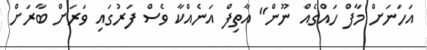
އަހަނަށް މާފް ހައްގެއް ނޫން" އާތިފް އަނެއްކާ ވެސް ފަރުގައި ވަރަށް ބާރަށް